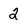
Character: 2